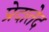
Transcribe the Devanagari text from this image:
प्रेदातेद